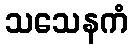
သသေနကံ